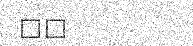
٨٤